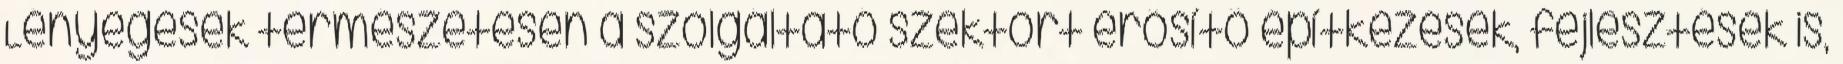
Lényegesek természetesen a szolgáltató szektort erősítő építkezések, fejlesztések is,